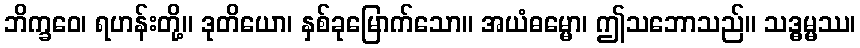
ဘိက္ခဝေ၊ ရဟန်းတို့။ ဒုတိယော၊ နှစ်ခုမြောက်သော။ အယံဓမ္မော၊ ဤသဘောသည်။ သဒ္ဓမ္မဿ၊